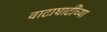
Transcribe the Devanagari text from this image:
वाटाघाटींच्या